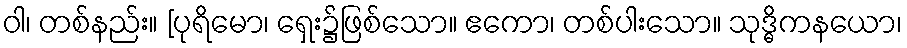
ဝါ၊ တစ်နည်း။ [ပုရိမော၊ ရှေး၌ဖြစ်သော။ ဧကော၊ တစ်ပါးသော။ သုဒ္ဓိကနယော၊